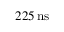
2 2 5 \, \mathrm { n s }